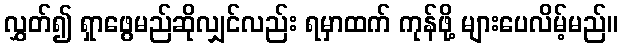
လွှတ်၍ ရှာဖွေမည်ဆိုလျှင်လည်း ရမှာထက် ကုန်ဖို့ များပေလိမ့်မည်။